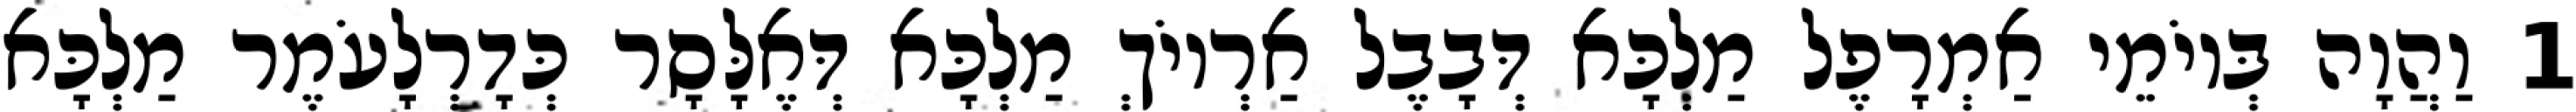
1 וַהֲוָה בְּיוֹמֵי אַמְרָפֶל מַלְכָּא דְּבָבֶל אַרְיוֹךְ מַלְכָּא דְּאֶלָּסָר כְּדָרְלָעֹמֶר מַלְכָּא